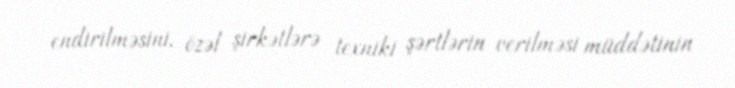
endirilməsini, özəl şirkətlərə texniki şərtlərin verilməsi müddətinin